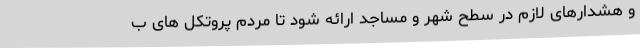
و هشدارهای لازم در سطح شهر و مساجد ارائه شود تا مردم پروتکل های ب